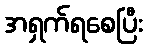
အရှက်ရစေပြီး